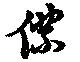
僕